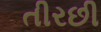
તીરછી